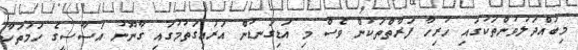
މިބައްދަލުވުންތަކުގައި ހުރިހާ ފަރާތްތަކުން ވެސް މި އަޑިގަނޑުން އަރައިގަތުމުގައި ގާނޫނު އަސާސީގެ ހަމަތަކާ